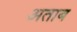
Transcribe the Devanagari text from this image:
अताब